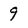
Character: 9